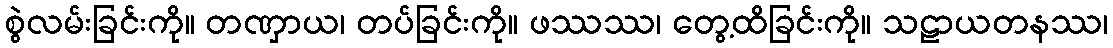
စွဲလမ်းခြင်းကို။ တဏှာယ၊ တပ်ခြင်းကို။ ဖဿဿ၊ တွေ့ထိခြင်းကို။ သဠာယတနဿ၊